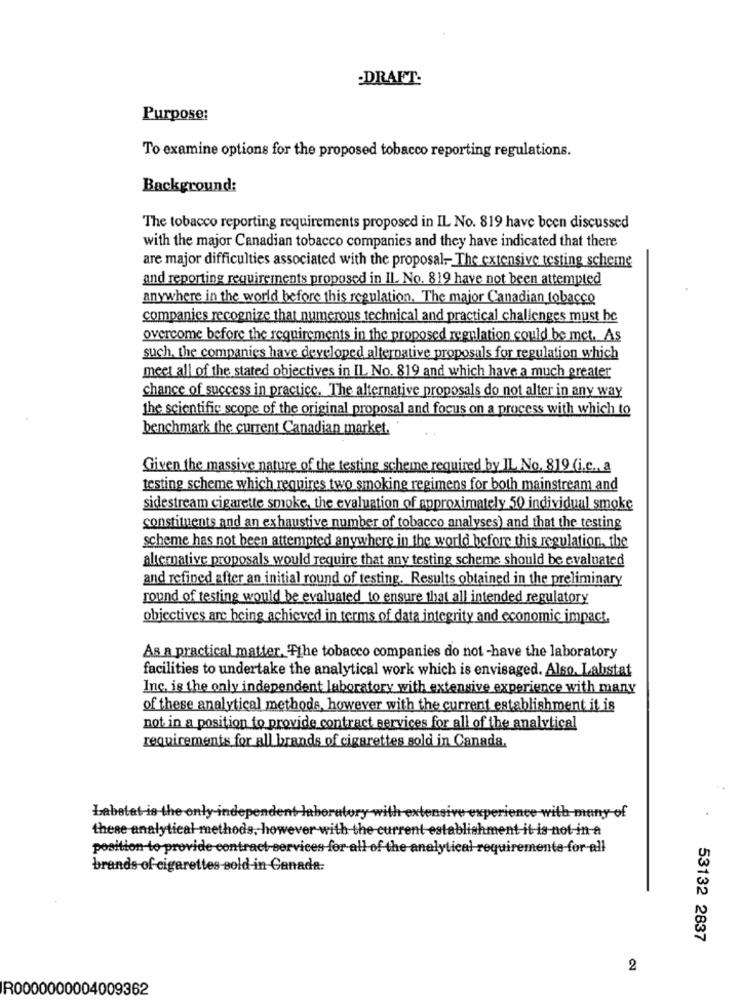
DRAFT:
Purpose:
To examine options for the proposed tobacco reporting regulations.
Background:
The tobacco reporting requirements proposed in IL No. 819 have been discussed
with the major Canadian tobacco companies and they have indicated that there
are major difficulties associated with the proposal- The extensive testing scheme
and reporting requirements proposed in Il. No. 819 have not been attempted
anywhere in the world before this regulation. The major Canadian tobacco
companies recognize that numerous technical and practical challenges must be
overcome before the requirements in the proposed regulation could be met. As
such, the companies have developed alternative proposals for regulation which
meet all of the stated objectives in IL No. 819 and which have a much greater
chance of success in practice. The alternative proposals do not alter in any way
the scientific scope of the original proposal and focus on a process with which to
benchmark the current Canadian market.
Given the massive nature of the testing scheme required by IL No. 819 (i.c ., a
testing scheme which requires two smoking regimens for both mainstream and
sidestream cigarette smoke, the evaluation of approximately 50 individual smoke
constituents and an exhaustive number of tobacco analyses) and that the testing
scheme has not been attempted anywhere in the world before this regulation, the
alternative proposals would require that any testing scheme should be evaluated
and refined after an initial round of testing. Results obtained in the preliminary
round of testing would be evaluated to ensure that all intended regulatory
objectives are being achieved in terms of data integrity and economic impact.
As a practical matter. Tthe tobacco companies do not -have the laboratory
facilities to undertake the analytical work which is envisaged. Also. Labstat
Inc. is the only independent laboratory with extensive experience with many
of these analytical methods, however with the current establishment it is
not in a position to provide contract services for all of the analytical
requirements for all brands of cigarettes sold in Canada.
Labetat-is the only independent
h extensive experience with many of
these analytical methods, however with the current establishment it is not in a
position to provide contract-services for all of the analytical requiremente for-all
brands of cigarettes sold in Canada:
53132 2837
2
R0000000004009362